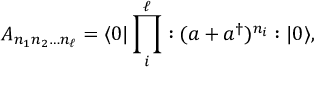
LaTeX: A _ { n _ { 1 } n _ { 2 } \dots n _ { \ell } } = \langle 0 | \prod _ { i } ^ { \ell } : ( a + a ^ { \dag } ) ^ { n _ { i } } : | 0 \rangle ,